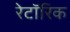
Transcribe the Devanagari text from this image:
रेटॉरिक